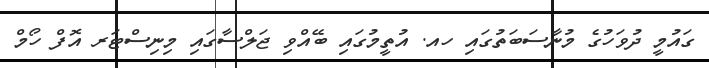
ގައުމީ ދުވަހުގެ މުނާސަބަތުގައި ހއ. އުތީމުގައި ބޭއްވި ޖަލްސާގައި މިނިސްޓަރ އޮފް ހޯމް